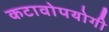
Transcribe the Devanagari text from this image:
कटावोपयोगी